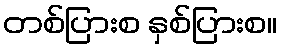
တစ်ပြားစ နှစ်ပြားစ။